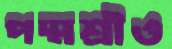
পদ্মশ্রীও